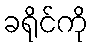
ခရိုင်ကို